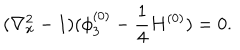
LaTeX: ( \nabla _ { x } ^ { 2 } - 1 ) ( \phi _ { 3 } ^ { ( 0 ) } - \frac { 1 } { 4 } H ^ { ( 0 ) } ) = 0 .